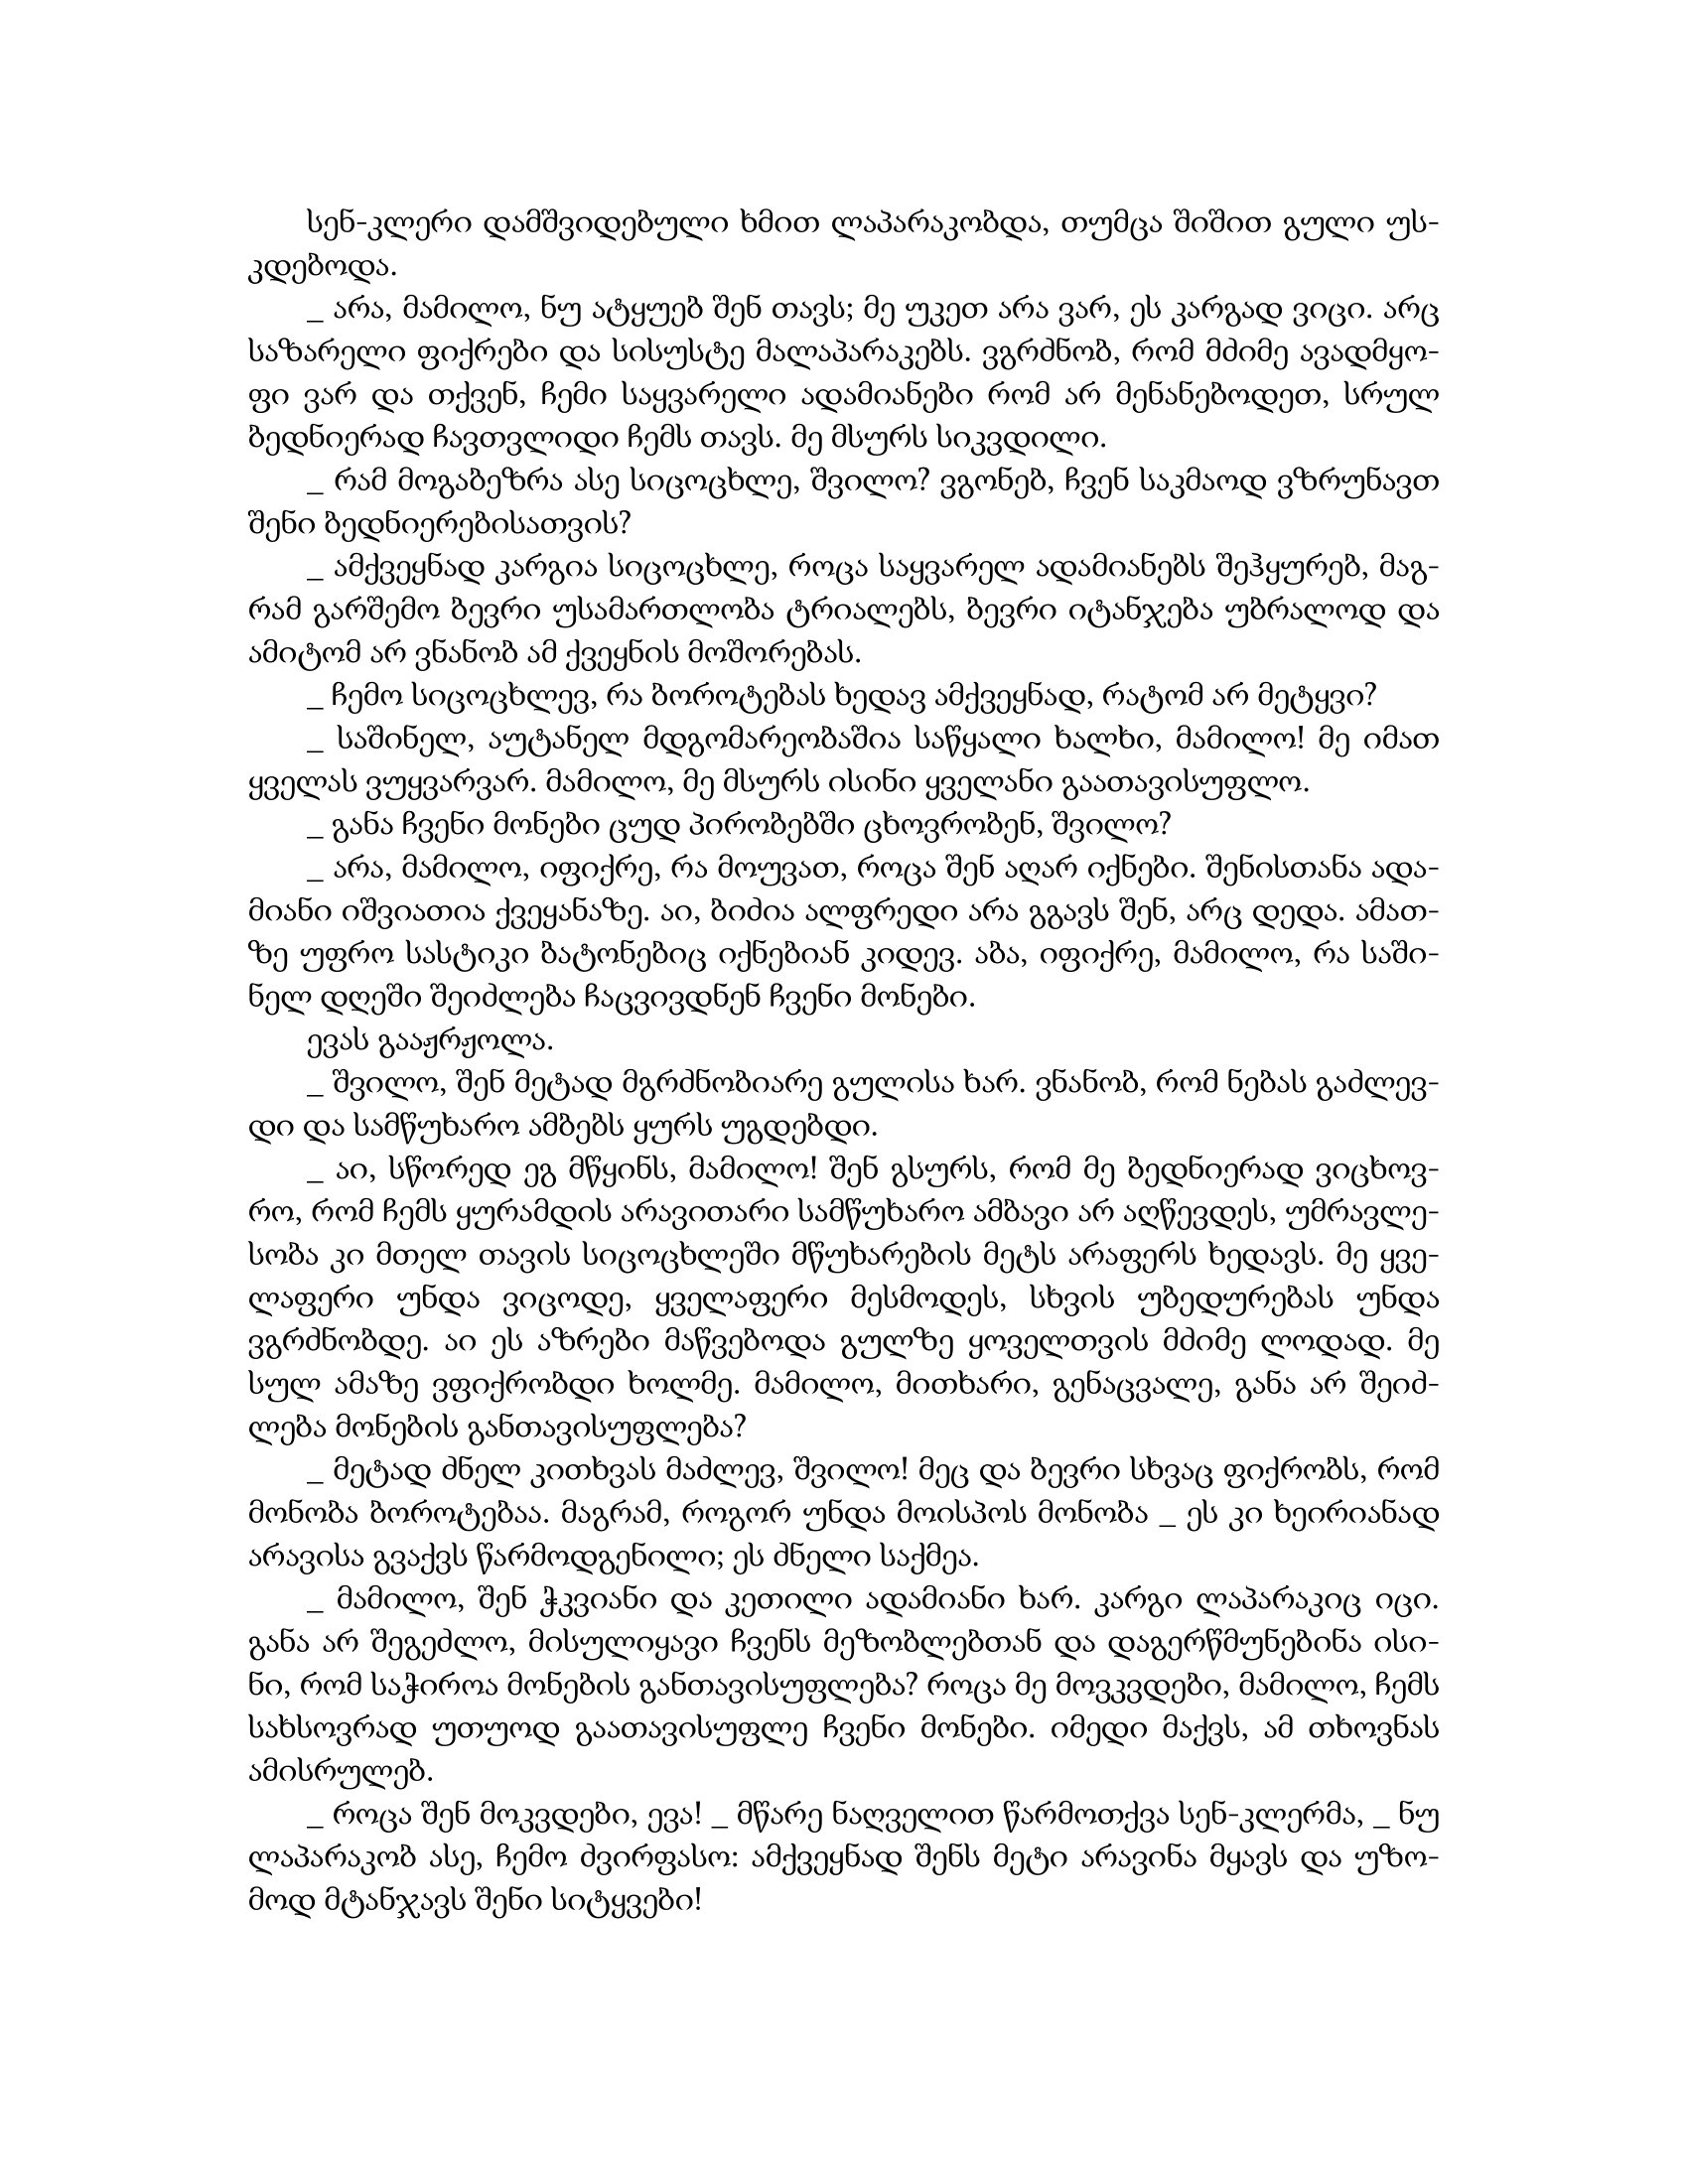
Language: gr